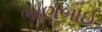
ભાણબાઈ